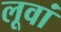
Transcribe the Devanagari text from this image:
लूवां